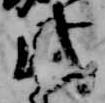
此